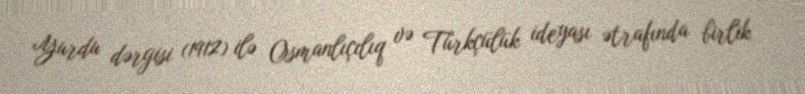
Yurdu dərgisi (1912) ilə Osmanlıçılıq və Türkçülük ideyası ətrafında birlik